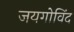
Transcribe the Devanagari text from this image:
जयगोविंद